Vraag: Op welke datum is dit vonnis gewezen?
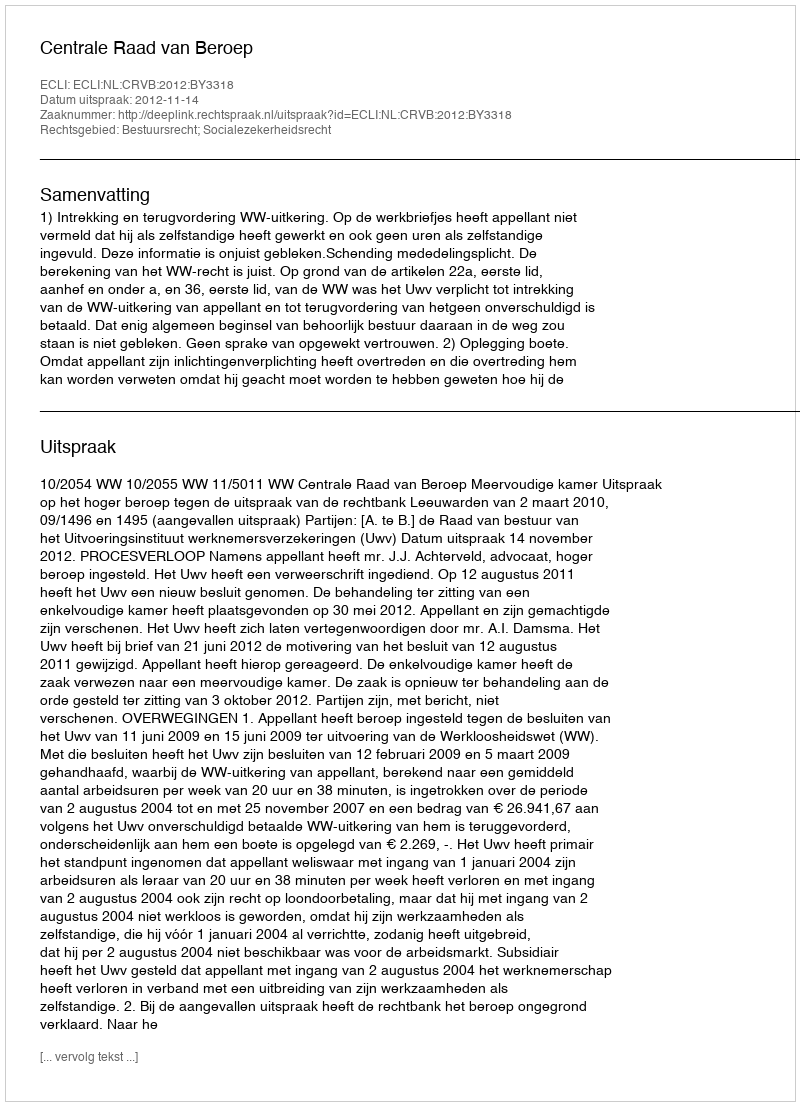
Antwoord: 2012-11-14